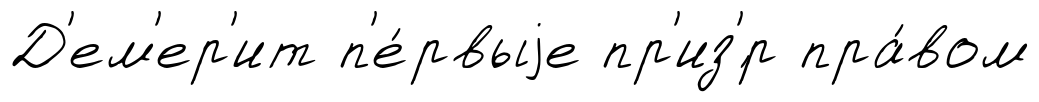
Д'ем'ер'ит п'е́рвыjе пр'из'́р пра́вом